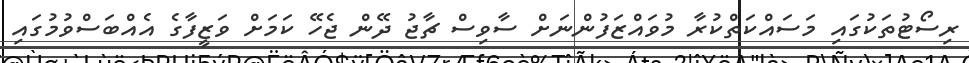
ރިސޯޓުތަކުގައި މަސައްކަތްކުރާ މުވައްޒަފުންނަށް ސާވިސް ޗާޖު ދޭން ޖެހޭ ކަމަށް ވަޒީފާގެ އެއްބަސްވުމުގައި